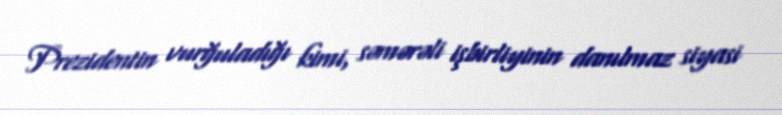
Prezidentin vurğuladığı kimi, səmərəli işbirliyinin danılmaz siyasi